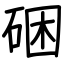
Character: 硱